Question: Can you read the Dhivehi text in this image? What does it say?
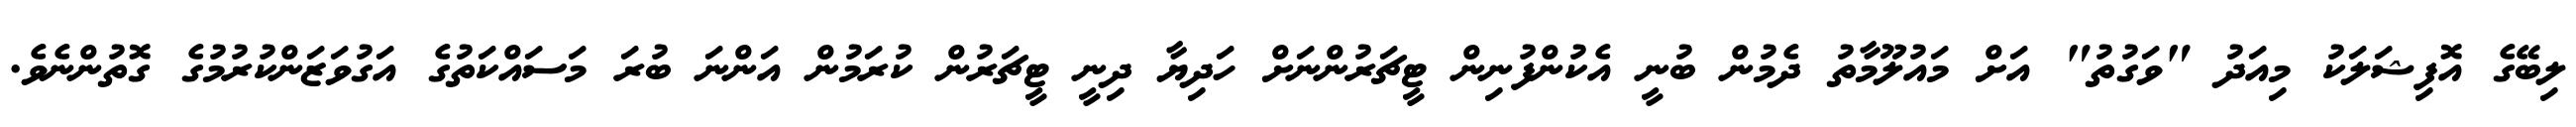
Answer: ލިބޭގެ އޮފިޝަލަކު މިއަދު "ވަގުތު" އަށް މައުލޫމާތު ދެމުން ބުނީ އެކުންފުނިން ޓީޗަރުންނަށް ހަދިޔާ ދިނީ ޓީޗަރުން ކުރަމުން އަންނަ ބުރަ މަސައްކަތުގެ އަގުވަޒަންކުރުމުގެ ގޮތުންނެވެ.